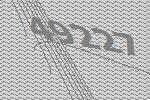
49227